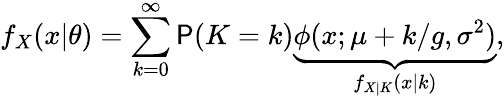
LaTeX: f_{X}(x|\theta)=\sum_{k=0}^{\infty}\mathsf P(K=k)\underbrace{\phi(x;\mu+k/g,\sigma^{2})}_{f_{X|K}(x|k)},